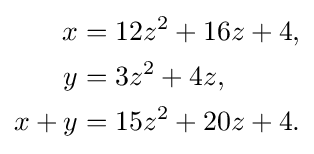
{\begin{aligned}x&=12z^{2}+16z+4,\\y&=3z^{2}+4z,\\x+y&=15z^{2}+20z+4.\end{aligned}}